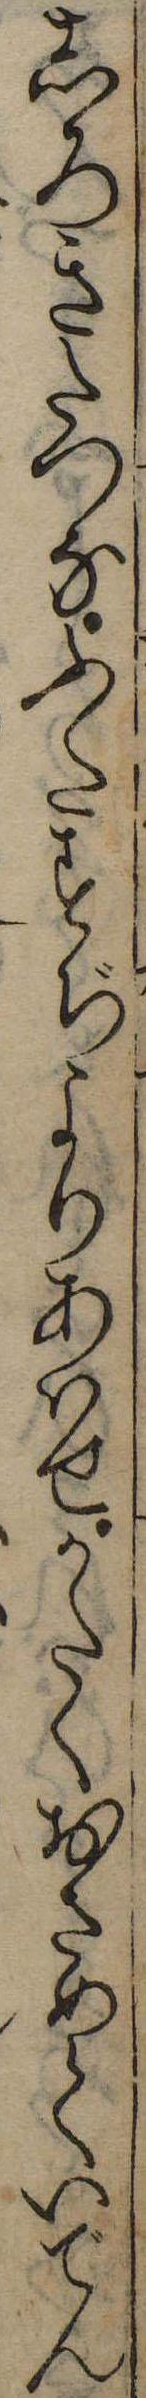
しろきたつなふたすぢよりあはせかたくおさめていでん